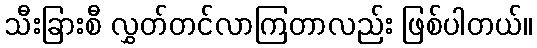
သီးခြားစီ လွှတ်တင်လာကြတာလည်း ဖြစ်ပါတယ်။